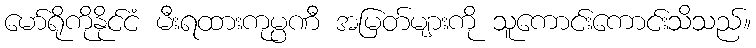
မော်ရိုကိုနိုင်ငံ မီးရထားကုမ္ပဏီ အမြတ်များကို သူကောင်းကောင်းသိသည်။